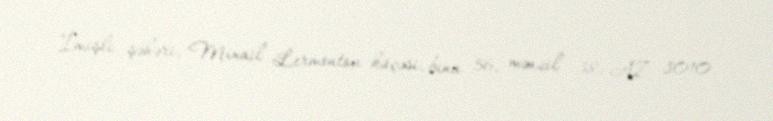
İmişli şəhəri, Mixail Lermontov küçəsi, bina 56, mənzil 38, AZ 3010